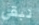
نبقي